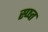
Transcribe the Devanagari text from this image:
स्प्ष्त